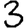
Digit: 3